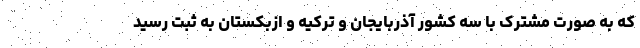
که به صورت مشترک با سه کشور آذربایجان و ترکیه و ازبکستان به ثبت رسید